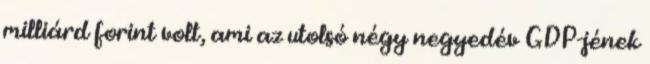
milliárd forint volt, ami az utolsó négy negyedév GDP-jének